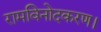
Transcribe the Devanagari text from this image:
रामविनोदकरण।